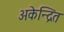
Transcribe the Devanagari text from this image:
अकेन्द्रित